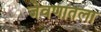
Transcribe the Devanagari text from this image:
जेवणातला